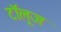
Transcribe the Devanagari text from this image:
टॉलूज